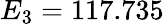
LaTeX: E_{3}=117.735